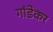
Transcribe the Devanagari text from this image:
गांडेकर